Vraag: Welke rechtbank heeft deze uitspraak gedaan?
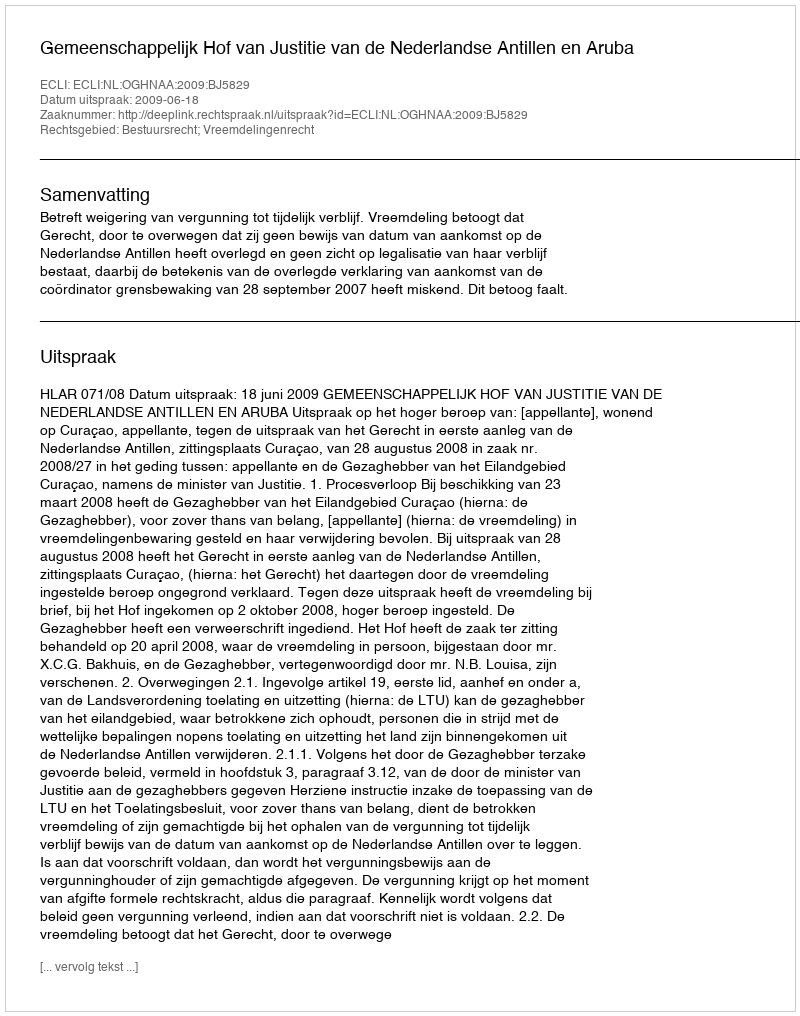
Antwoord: Gemeenschappelijk Hof van Justitie van de Nederlandse Antillen en Aruba